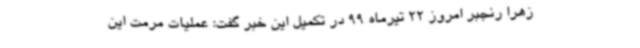
زهرا رنجبر امروز 22 تیرماه 99 در تکمیل این خبر گفت: عملیات مرمت این